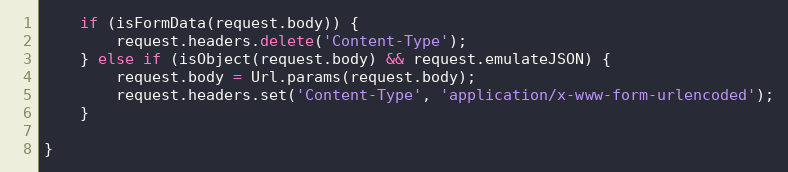
Language: JavaScript
    if (isFormData(request.body)) {
        request.headers.delete('Content-Type');
    } else if (isObject(request.body) && request.emulateJSON) {
        request.body = Url.params(request.body);
        request.headers.set('Content-Type', 'application/x-www-form-urlencoded');
    }

}